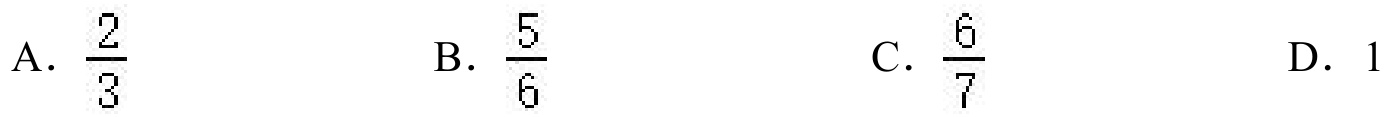
A. \(\frac{2}{3}\)
B. \(\frac{5}{6}\)
C. \(\frac{6}{7}\)
D. \(1\)